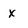
Character: x